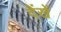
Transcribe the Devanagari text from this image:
देंखें